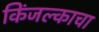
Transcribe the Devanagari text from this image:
किंजल्काचा